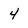
Character: 4